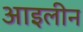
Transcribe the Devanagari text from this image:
आइलीन